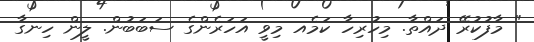
" މާފުކުރޭ ދައްތާ. މިހުރިހާ ކަމެއ މިވީ އަހަރެންގެ ސަބަބުން. ލީން ހިނގާ